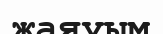
жаяуым